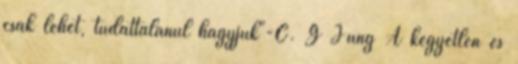
csak lehet, tudattalanul hagyjuk"-C. G Jung A kegyetlen és